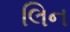
લિન